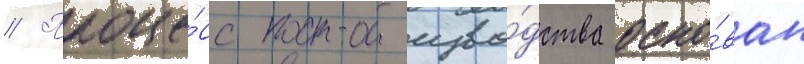
// Проце́сс произво́дства осно́ван